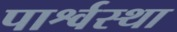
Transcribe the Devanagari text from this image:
पार्श्वस्था